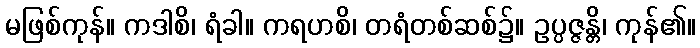
မဖြစ်ကုန်။ ကဒါစိ၊ ရံခါ။ ကရဟစိ၊ တရံတစ်ဆစ်၌။ ဥပ္ပဇ္ဇန္တိ၊ ကုန်၏။